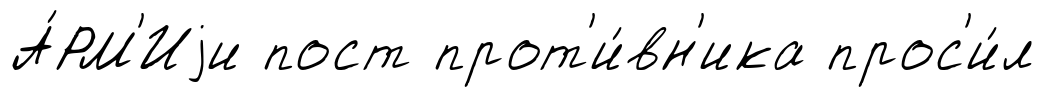
А́РМ'Иjи пост прот'и́вн'ика прос'и́л